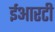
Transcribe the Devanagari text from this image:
ईआरटी